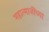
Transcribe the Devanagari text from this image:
महात्माजींच्या